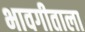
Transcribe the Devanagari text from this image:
भावगीताला